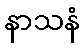
နာသနံ